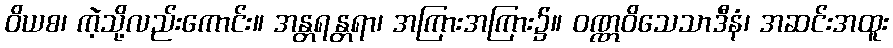
ဝိယစ၊ ကဲ့သို့လည်းကောင်း။ အန္တရန္တရာ၊ အကြားအကြား၌။ ဝဏ္ဏဝိသေသာဒီနံ၊ အဆင်းအထူး